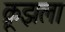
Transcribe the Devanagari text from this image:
क्रूझला